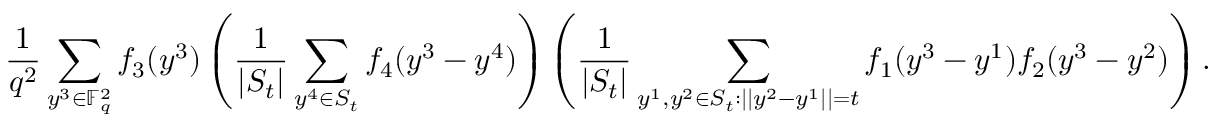
\frac { 1 } { q ^ { 2 } } \sum _ { y ^ { 3 } \in \mathbb F _ { q } ^ { 2 } } f _ { 3 } ( y ^ { 3 } ) \left( \frac { 1 } { | S _ { t } | } \sum _ { y ^ { 4 } \in S _ { t } } f _ { 4 } ( y ^ { 3 } - y ^ { 4 } ) \right) \left( \frac { 1 } { | S _ { t } | } \sum _ { y ^ { 1 } , y ^ { 2 } \in S _ { t } : | | y ^ { 2 } - y ^ { 1 } | | = t } f _ { 1 } ( y ^ { 3 } - y ^ { 1 } ) f _ { 2 } ( y ^ { 3 } - y ^ { 2 } ) \right) .